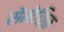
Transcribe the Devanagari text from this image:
सेमेचिक